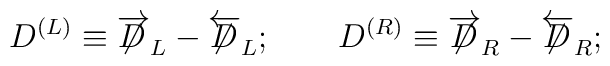
D^{(L)}\equiv\overrightarrow{\not\!\!D}_{L}-\overleftarrow{\not\!\!D}_{L};\qquad D^{(R)}\equiv\overrightarrow{\not\!\!D}_{R}-\overleftarrow{\not\!\!D}_{R};